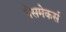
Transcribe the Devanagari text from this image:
पेसमेकर्स